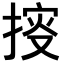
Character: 𢯱